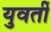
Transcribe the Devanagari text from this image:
युवतीं